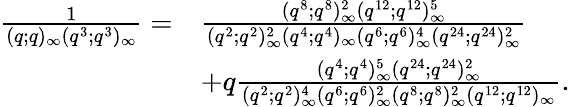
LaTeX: \begin{array}{rl}{\frac{1}{(q;q)_{\infty}(q^{3};q^{3})_{\infty}}=}&{\frac{(q^{8};q^{8})_{\infty}^{2}(q^{12};q^{12})_{\infty}^{5}}{(q^{2};q^{2})_{\infty}^{2}(q^{4};q^{4})_{\infty}(q^{6};q^{6})_{\infty}^{4}(q^{24};q^{24})_{\infty}^{2}}}\\ &{+q\frac{(q^{4};q^{4})_{\infty}^{5}(q^{24};q^{24})_{\infty}^{2}}{(q^{2};q^{2})_{\infty}^{4}(q^{6};q^{6})_{\infty}^{2}(q^{8};q^{8})_{\infty}^{2}(q^{12};q^{12})_{\infty}}.}\end{array}